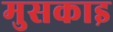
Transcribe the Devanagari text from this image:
मुसकाइ